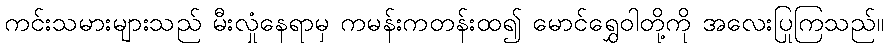
ကင်းသမားများသည် မီးလှုံနေရာမှ ကမန်းကတန်းထ၍ မောင်ရွှေဝါတို့ကို အလေးပြုကြသည်။